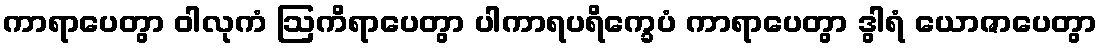
ကာရာပေတွာ ဝါလုကံ ဩကိရာပေတွာ ပါကာရပရိက္ခေပံ ကာရာပေတွာ ဒွါရံ ယောဇာပေတွာ